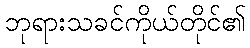
ဘုရားသခင်ကိုယ်တိုင်၏